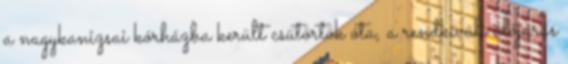
a nagykanizsai kórházba került csütörtök óta, a rendkívüli időjárás